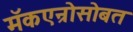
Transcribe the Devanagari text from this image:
मॅकएन्रोसोबत